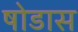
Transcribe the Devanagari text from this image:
षोडास